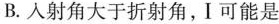
B.人射角大于折射角，I可能是